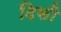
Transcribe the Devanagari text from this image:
दिसी